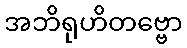
အဘိရုဟိတဗ္ဗော